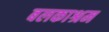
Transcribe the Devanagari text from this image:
बलकाश्रम